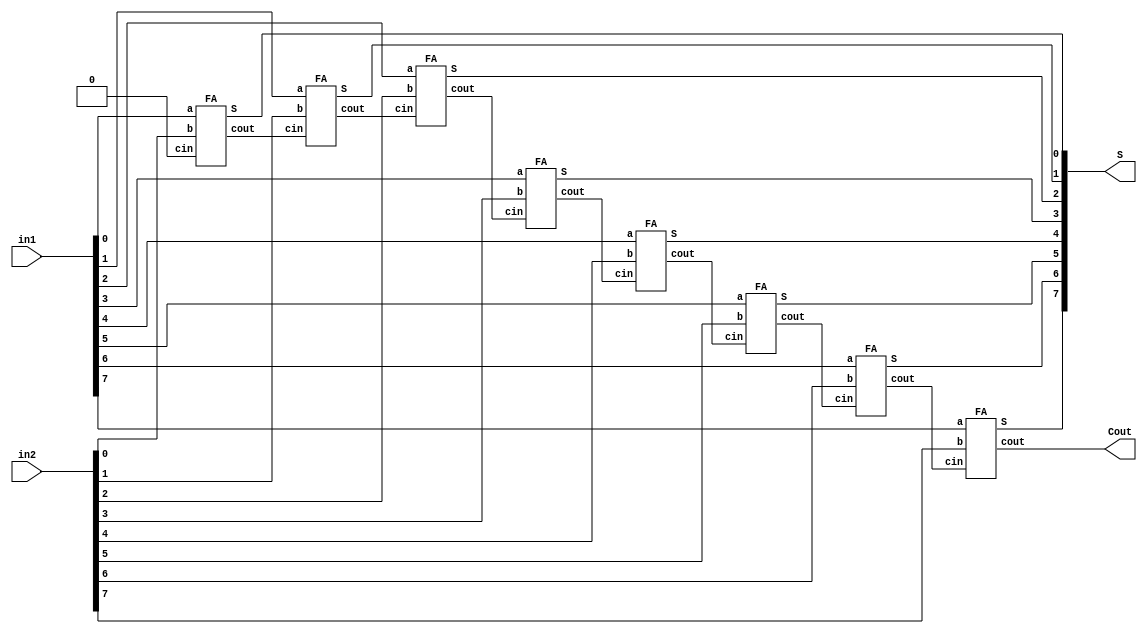
module adder_8bit(in1, in2, S, Cout);

input	[7:0]	in1,in2;
output	[7:0]	S;
output			Cout;

wire	[7:1]	temp_c;

FA FA_0(.a(in1[0]), .b(in2[0]), .cin(1'b0), .S(S[0]), .cout(temp_c[1]));
FA FA_1(.a(in1[1]), .b(in2[1]), .cin(temp_c[1]), .S(S[1]), .cout(temp_c[2]));
FA FA_2(.a(in1[2]), .b(in2[2]), .cin(temp_c[2]), .S(S[2]), .cout(temp_c[3]));
FA FA_3(.a(in1[3]), .b(in2[3]), .cin(temp_c[3]), .S(S[3]), .cout(temp_c[4]));
FA FA_4(.a(in1[4]), .b(in2[4]), .cin(temp_c[4]), .S(S[4]), .cout(temp_c[5]));
FA FA_5(.a(in1[5]), .b(in2[5]), .cin(temp_c[5]), .S(S[5]), .cout(temp_c[6]));
FA FA_6(.a(in1[6]), .b(in2[6]), .cin(temp_c[6]), .S(S[6]), .cout(temp_c[7]));
FA FA_7(.a(in1[7]), .b(in2[7]), .cin(temp_c[7]), .S(S[7]), .cout(Cout));

endmodule

module adder_10bit(in1, in2, S, Cout);

input	[9:0]	in1,in2;
output	[9:0]	S;
output			Cout;

wire	[9:1]	temp_c;

FA FA_0(.a(in1[0]), .b(in2[0]), .cin(1'b0), .S(S[0]), .cout(temp_c[1]));
FA FA_1(.a(in1[1]), .b(in2[1]), .cin(temp_c[1]), .S(S[1]), .cout(temp_c[2]));
FA FA_2(.a(in1[2]), .b(in2[2]), .cin(temp_c[2]), .S(S[2]), .cout(temp_c[3]));
FA FA_3(.a(in1[3]), .b(in2[3]), .cin(temp_c[3]), .S(S[3]), .cout(temp_c[4]));
FA FA_4(.a(in1[4]), .b(in2[4]), .cin(temp_c[4]), .S(S[4]), .cout(temp_c[5]));
FA FA_5(.a(in1[5]), .b(in2[5]), .cin(temp_c[5]), .S(S[5]), .cout(temp_c[6]));
FA FA_6(.a(in1[6]), .b(in2[6]), .cin(temp_c[6]), .S(S[6]), .cout(temp_c[7]));
FA FA_7(.a(in1[7]), .b(in2[7]), .cin(temp_c[7]), .S(S[7]), .cout(temp_c[8]));
FA FA_8(.a(in1[8]), .b(in2[8]), .cin(temp_c[8]), .S(S[8]), .cout(temp_c[9]));
FA FA_9(.a(in1[9]), .b(in2[9]), .cin(temp_c[9]), .S(S[9]), .cout(Cout));

endmodule

module adder_5bit(in1, in2, S, Cout);

input	[4:0]	in1,in2;
output	[4:0]	S;
output			Cout;

wire	[4:1]	temp_c;

FA FA_0(.a(in1[0]), .b(in2[0]), .cin(1'b0), .S(S[0]), .cout(temp_c[1]));
FA FA_1(.a(in1[1]), .b(in2[1]), .cin(temp_c[1]), .S(S[1]), .cout(temp_c[2]));
FA FA_2(.a(in1[2]), .b(in2[2]), .cin(temp_c[2]), .S(S[2]), .cout(temp_c[3]));
FA FA_3(.a(in1[3]), .b(in2[3]), .cin(temp_c[3]), .S(S[3]), .cout(temp_c[4]));
FA FA_4(.a(in1[4]), .b(in2[4]), .cin(temp_c[4]), .S(S[4]), .cout(Count));

endmodule

module adder_24bit(in1, in2, S, Cout);

input	[23:0]	in1,in2;
output	[23:0]	S;
output			Cout;

wire	[23:1]	temp_c;

FA FA_0(.a(in1[0]), .b(in2[0]), .cin(1'b0), .S(S[0]), .cout(temp_c[1]));
FA FA_1(.a(in1[1]), .b(in2[1]), .cin(temp_c[1]), .S(S[1]), .cout(temp_c[2]));
FA FA_2(.a(in1[2]), .b(in2[2]), .cin(temp_c[2]), .S(S[2]), .cout(temp_c[3]));
FA FA_3(.a(in1[3]), .b(in2[3]), .cin(temp_c[3]), .S(S[3]), .cout(temp_c[4]));
FA FA_4(.a(in1[4]), .b(in2[4]), .cin(temp_c[4]), .S(S[4]), .cout(temp_c[5]));
FA FA_5(.a(in1[5]), .b(in2[5]), .cin(temp_c[5]), .S(S[5]), .cout(temp_c[6]));
FA FA_6(.a(in1[6]), .b(in2[6]), .cin(temp_c[6]), .S(S[6]), .cout(temp_c[7]));
FA FA_7(.a(in1[7]), .b(in2[7]), .cin(temp_c[7]), .S(S[7]), .cout(temp_c[8]));
FA FA_8(.a(in1[8]), .b(in2[8]), .cin(temp_c[8]), .S(S[8]), .cout(temp_c[9]));
FA FA_9(.a(in1[9]), .b(in2[9]), .cin(temp_c[9]), .S(S[9]), .cout(temp_c[10]));
FA FA_10(.a(in1[10]), .b(in2[10]), .cin(temp_c[10]), .S(S[10]), .cout(temp_c[11]));
FA FA_11(.a(in1[11]), .b(in2[11]), .cin(temp_c[11]), .S(S[11]), .cout(temp_c[12]));
FA FA_12(.a(in1[12]), .b(in2[12]), .cin(temp_c[12]), .S(S[12]), .cout(temp_c[13]));
FA FA_13(.a(in1[13]), .b(in2[13]), .cin(temp_c[13]), .S(S[13]), .cout(temp_c[14]));
FA FA_14(.a(in1[14]), .b(in2[14]), .cin(temp_c[14]), .S(S[14]), .cout(temp_c[15]));
FA FA_15(.a(in1[15]), .b(in2[15]), .cin(temp_c[15]), .S(S[15]), .cout(temp_c[16]));
FA FA_16(.a(in1[16]), .b(in2[16]), .cin(temp_c[16]), .S(S[16]), .cout(temp_c[17]));
FA FA_17(.a(in1[17]), .b(in2[17]), .cin(temp_c[17]), .S(S[17]), .cout(temp_c[18]));
FA FA_18(.a(in1[18]), .b(in2[18]), .cin(temp_c[18]), .S(S[18]), .cout(temp_c[19]));
FA FA_19(.a(in1[19]), .b(in2[19]), .cin(temp_c[19]), .S(S[19]), .cout(temp_c[20]));
FA FA_20(.a(in1[20]), .b(in2[20]), .cin(temp_c[20]), .S(S[20]), .cout(temp_c[21]));
FA FA_21(.a(in1[21]), .b(in2[21]), .cin(temp_c[21]), .S(S[21]), .cout(temp_c[22]));
FA FA_22(.a(in1[22]), .b(in2[22]), .cin(temp_c[22]), .S(S[22]), .cout(temp_c[23]));
FA FA_23(.a(in1[23]), .b(in2[23]), .cin(temp_c[23]), .S(S[23]), .cout(Cout));

endmodule

module adder_48bit(in1, in2, S, Cout);

input	[47:0]	in1,in2;
output	[47:0]	S;
output			Cout;

wire	[47:1]	temp_c;

FA FA_0(.a(in1[0]), .b(in2[0]), .cin(1'b0), .S(S[0]), .cout(temp_c[1]));
FA FA_1(.a(in1[1]), .b(in2[1]), .cin(temp_c[1]), .S(S[1]), .cout(temp_c[2]));
FA FA_2(.a(in1[2]), .b(in2[2]), .cin(temp_c[2]), .S(S[2]), .cout(temp_c[3]));
FA FA_3(.a(in1[3]), .b(in2[3]), .cin(temp_c[3]), .S(S[3]), .cout(temp_c[4]));
FA FA_4(.a(in1[4]), .b(in2[4]), .cin(temp_c[4]), .S(S[4]), .cout(temp_c[5]));
FA FA_5(.a(in1[5]), .b(in2[5]), .cin(temp_c[5]), .S(S[5]), .cout(temp_c[6]));
FA FA_6(.a(in1[6]), .b(in2[6]), .cin(temp_c[6]), .S(S[6]), .cout(temp_c[7]));
FA FA_7(.a(in1[7]), .b(in2[7]), .cin(temp_c[7]), .S(S[7]), .cout(temp_c[8]));
FA FA_8(.a(in1[8]), .b(in2[8]), .cin(temp_c[8]), .S(S[8]), .cout(temp_c[9]));
FA FA_9(.a(in1[9]), .b(in2[9]), .cin(temp_c[9]), .S(S[9]), .cout(temp_c[10]));
FA FA_10(.a(in1[10]), .b(in2[10]), .cin(temp_c[10]), .S(S[10]), .cout(temp_c[11]));
FA FA_11(.a(in1[11]), .b(in2[11]), .cin(temp_c[11]), .S(S[11]), .cout(temp_c[12]));
FA FA_12(.a(in1[12]), .b(in2[12]), .cin(temp_c[12]), .S(S[12]), .cout(temp_c[13]));
FA FA_13(.a(in1[13]), .b(in2[13]), .cin(temp_c[13]), .S(S[13]), .cout(temp_c[14]));
FA FA_14(.a(in1[14]), .b(in2[14]), .cin(temp_c[14]), .S(S[14]), .cout(temp_c[15]));
FA FA_15(.a(in1[15]), .b(in2[15]), .cin(temp_c[15]), .S(S[15]), .cout(temp_c[16]));
FA FA_16(.a(in1[16]), .b(in2[16]), .cin(temp_c[16]), .S(S[16]), .cout(temp_c[17]));
FA FA_17(.a(in1[17]), .b(in2[17]), .cin(temp_c[17]), .S(S[17]), .cout(temp_c[18]));
FA FA_18(.a(in1[18]), .b(in2[18]), .cin(temp_c[18]), .S(S[18]), .cout(temp_c[19]));
FA FA_19(.a(in1[19]), .b(in2[19]), .cin(temp_c[19]), .S(S[19]), .cout(temp_c[20]));
FA FA_20(.a(in1[20]), .b(in2[20]), .cin(temp_c[20]), .S(S[20]), .cout(temp_c[21]));
FA FA_21(.a(in1[21]), .b(in2[21]), .cin(temp_c[21]), .S(S[21]), .cout(temp_c[22]));
FA FA_22(.a(in1[22]), .b(in2[22]), .cin(temp_c[22]), .S(S[22]), .cout(temp_c[23]));
FA FA_23(.a(in1[23]), .b(in2[23]), .cin(temp_c[23]), .S(S[23]), .cout(temp_c[24]));
FA FA_24(.a(in1[24]), .b(in2[24]), .cin(temp_c[24]), .S(S[24]), .cout(temp_c[25]));
FA FA_25(.a(in1[25]), .b(in2[25]), .cin(temp_c[25]), .S(S[25]), .cout(temp_c[26]));
FA FA_26(.a(in1[26]), .b(in2[26]), .cin(temp_c[26]), .S(S[26]), .cout(temp_c[27]));
FA FA_27(.a(in1[27]), .b(in2[27]), .cin(temp_c[27]), .S(S[27]), .cout(temp_c[28]));
FA FA_28(.a(in1[28]), .b(in2[28]), .cin(temp_c[28]), .S(S[28]), .cout(temp_c[29]));
FA FA_29(.a(in1[29]), .b(in2[29]), .cin(temp_c[29]), .S(S[29]), .cout(temp_c[30]));
FA FA_30(.a(in1[30]), .b(in2[30]), .cin(temp_c[30]), .S(S[30]), .cout(temp_c[31]));
FA FA_31(.a(in1[31]), .b(in2[31]), .cin(temp_c[31]), .S(S[31]), .cout(temp_c[32]));
FA FA_32(.a(in1[32]), .b(in2[32]), .cin(temp_c[32]), .S(S[32]), .cout(temp_c[33]));
FA FA_33(.a(in1[33]), .b(in2[33]), .cin(temp_c[33]), .S(S[33]), .cout(temp_c[34]));
FA FA_34(.a(in1[34]), .b(in2[34]), .cin(temp_c[34]), .S(S[34]), .cout(temp_c[35]));
FA FA_35(.a(in1[35]), .b(in2[35]), .cin(temp_c[35]), .S(S[35]), .cout(temp_c[36]));
FA FA_36(.a(in1[36]), .b(in2[36]), .cin(temp_c[36]), .S(S[36]), .cout(temp_c[37]));
FA FA_37(.a(in1[37]), .b(in2[37]), .cin(temp_c[37]), .S(S[37]), .cout(temp_c[38]));
FA FA_38(.a(in1[38]), .b(in2[38]), .cin(temp_c[38]), .S(S[38]), .cout(temp_c[39]));
FA FA_39(.a(in1[39]), .b(in2[39]), .cin(temp_c[39]), .S(S[39]), .cout(temp_c[40]));
FA FA_40(.a(in1[40]), .b(in2[40]), .cin(temp_c[40]), .S(S[40]), .cout(temp_c[41]));
FA FA_41(.a(in1[41]), .b(in2[41]), .cin(temp_c[41]), .S(S[41]), .cout(temp_c[42]));
FA FA_42(.a(in1[42]), .b(in2[42]), .cin(temp_c[42]), .S(S[42]), .cout(temp_c[43]));
FA FA_43(.a(in1[43]), .b(in2[43]), .cin(temp_c[43]), .S(S[43]), .cout(temp_c[44]));
FA FA_44(.a(in1[44]), .b(in2[44]), .cin(temp_c[44]), .S(S[44]), .cout(temp_c[45]));
FA FA_45(.a(in1[45]), .b(in2[45]), .cin(temp_c[45]), .S(S[45]), .cout(temp_c[46]));
FA FA_46(.a(in1[46]), .b(in2[46]), .cin(temp_c[46]), .S(S[46]), .cout(temp_c[47]));
FA FA_47(.a(in1[47]), .b(in2[47]), .cin(temp_c[47]), .S(S[47]), .cout(Cout));

endmodule

module FA(a,b,S,cin,cout);

input	a,b,cin;
output	S,cout;

assign S = a^b^cin;
assign cout =  ((a&b) | (cin&(a^b)));

endmodule